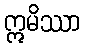
ဣမိဿာ